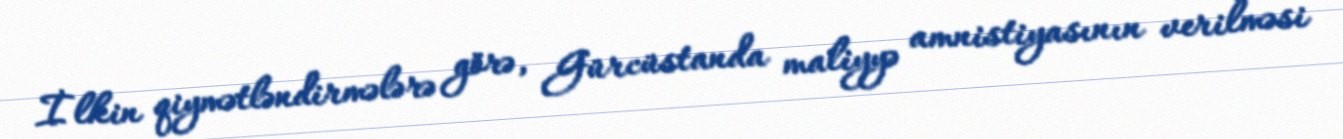
İlkin qiymətləndirmələrə görə, Gürcüstanda maliyyə amnistiyasının verilməsi